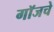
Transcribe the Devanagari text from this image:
गॉजचे